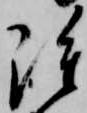
雖